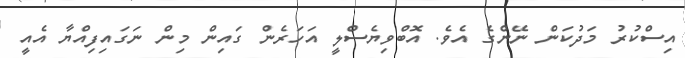
އިސްކުރު މަދުކަން ނޭންގެ އެވެ. އޮބްވިޔެސްލީ އަހަރެން ގައިން މިން ނަގައިފިއްޔާ އެއީ